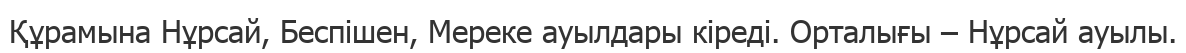
Құрамына Нұрсай, Беспішен, Мереке ауылдары кіреді. Орталығы – Нұрсай ауылы.